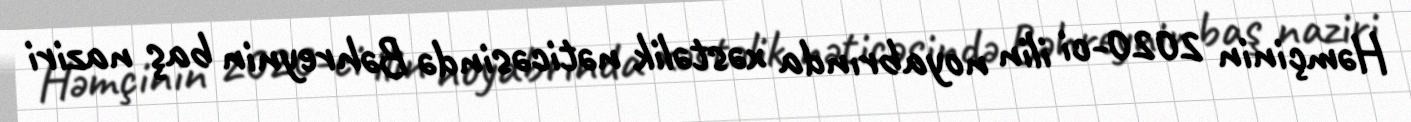
Həmçinin 2020-ci ilin noyabrında xəstəlik nəticəsində Bəhreynin baş naziri